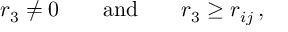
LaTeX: r _ { 3 } \not = 0 \qquad \mathrm { a n d } \qquad r _ { 3 } \geq r _ { i j } \, ,